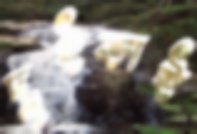
দুইভাই